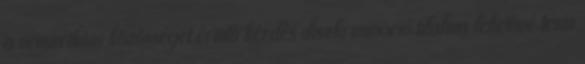
a nemzetközi közösséget érintő kérdés diszkrimináció tilalma lehetővé teszi